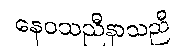
နေဝသညီနာသညီ